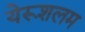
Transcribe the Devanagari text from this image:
येरूशलम